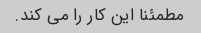
مطمئنا این کار را می کند.